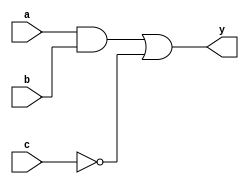
module combinational_logic (
    input wire a,        // First input signal
    input wire b,        // Second input signal
    input wire c,        // Third input signal
    output reg y        // Output signal
);

// Behavioral modeling block for combinational logic
always @ (a, b, c) begin
    // Assigning values to output based on logical operations
    y = (a & b) | (~c); // Example: y is true if a AND b are true OR NOT c is true
end

endmodule